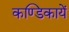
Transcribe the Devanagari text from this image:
कण्डिकायें